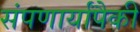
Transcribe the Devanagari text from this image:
संपणार्यांपैकी